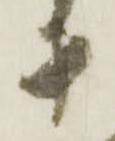
十